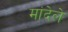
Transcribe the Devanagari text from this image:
मांदेले